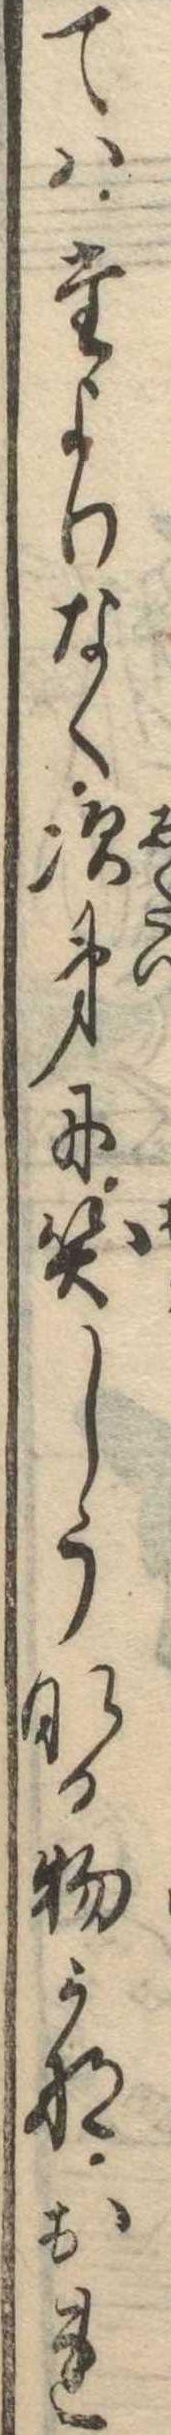
てはたよりなく次第に笑しうなる物かなおれ